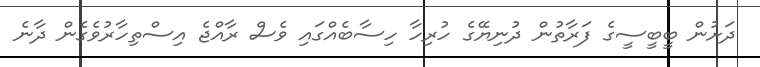
ދަށުން ބީބީސީގެ ފަރާތުން ދުނިޔޭގެ ހުރިހާ ހިސާބެއްގައި ވެސް ރާއްޖެ އިސްތިހާރުވެގެން ދާނެ